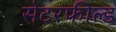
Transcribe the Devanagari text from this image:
सेटरफील्ड